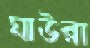
ঘাউরা